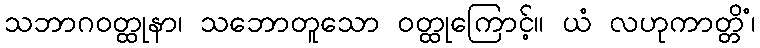
သဘာဂဝတ္ထုနာ၊ သဘောတူသော ဝတ္ထုကြောင့်။ ယံ လဟုကာတ္တိံ၊